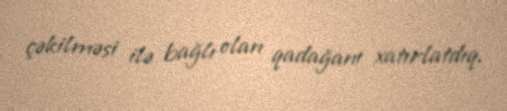
çəkilməsi ilə bağlı olan qadağanı xatırlatdıq.